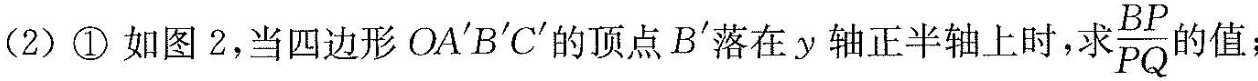
(2)①如图2，当四边形OA^{\prime}B^{\prime}C^{\prime}的顶点B^{\prime}落在y轴正半轴上时，求\frac{BP}{PQ}的值；